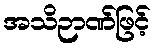
အသိဉာဏ်ဖြင့်